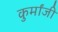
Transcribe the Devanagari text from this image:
कुर्मांजी